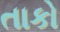
તાકો